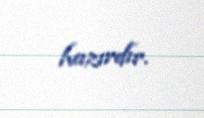
hazırdır.